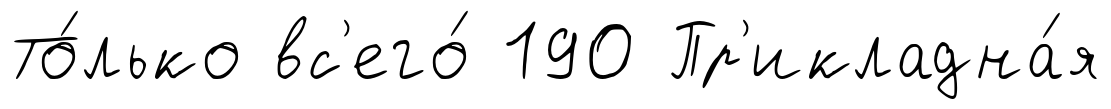
То́лько вс'его́ 190 Пр'икладна́я